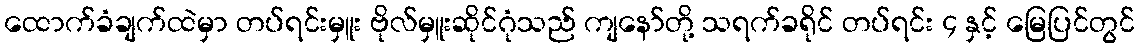
ထောက်ခံချက်ထဲမှာ တပ်ရင်းမှူး ဗိုလ်မှူးဆိုင်ဂုံသည် ကျနော်တို့ သရက်ခရိုင် တပ်ရင်း ၄ နှင့် မြေပြင်တွင်